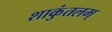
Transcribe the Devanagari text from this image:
शाकुंतलम्‌